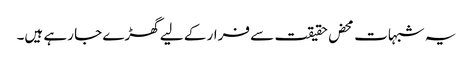
یہ شبہات محض حقیقت سے فرار کے لیے گھڑے جا رہے ہیں۔